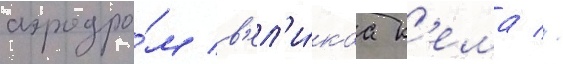
аэродро́м в'ел'и́каа к'ема //